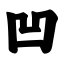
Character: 凹